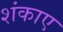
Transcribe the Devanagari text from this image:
शंकाए